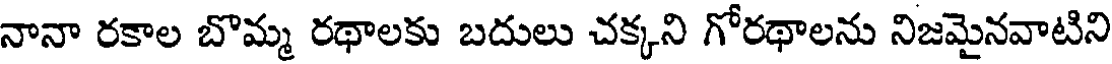
నానా రకాల బొమ్మ రథాలకు బదులు చక్కని గోరథాలను నిజమైనవాటిని